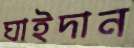
ঘাইদান